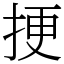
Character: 挭